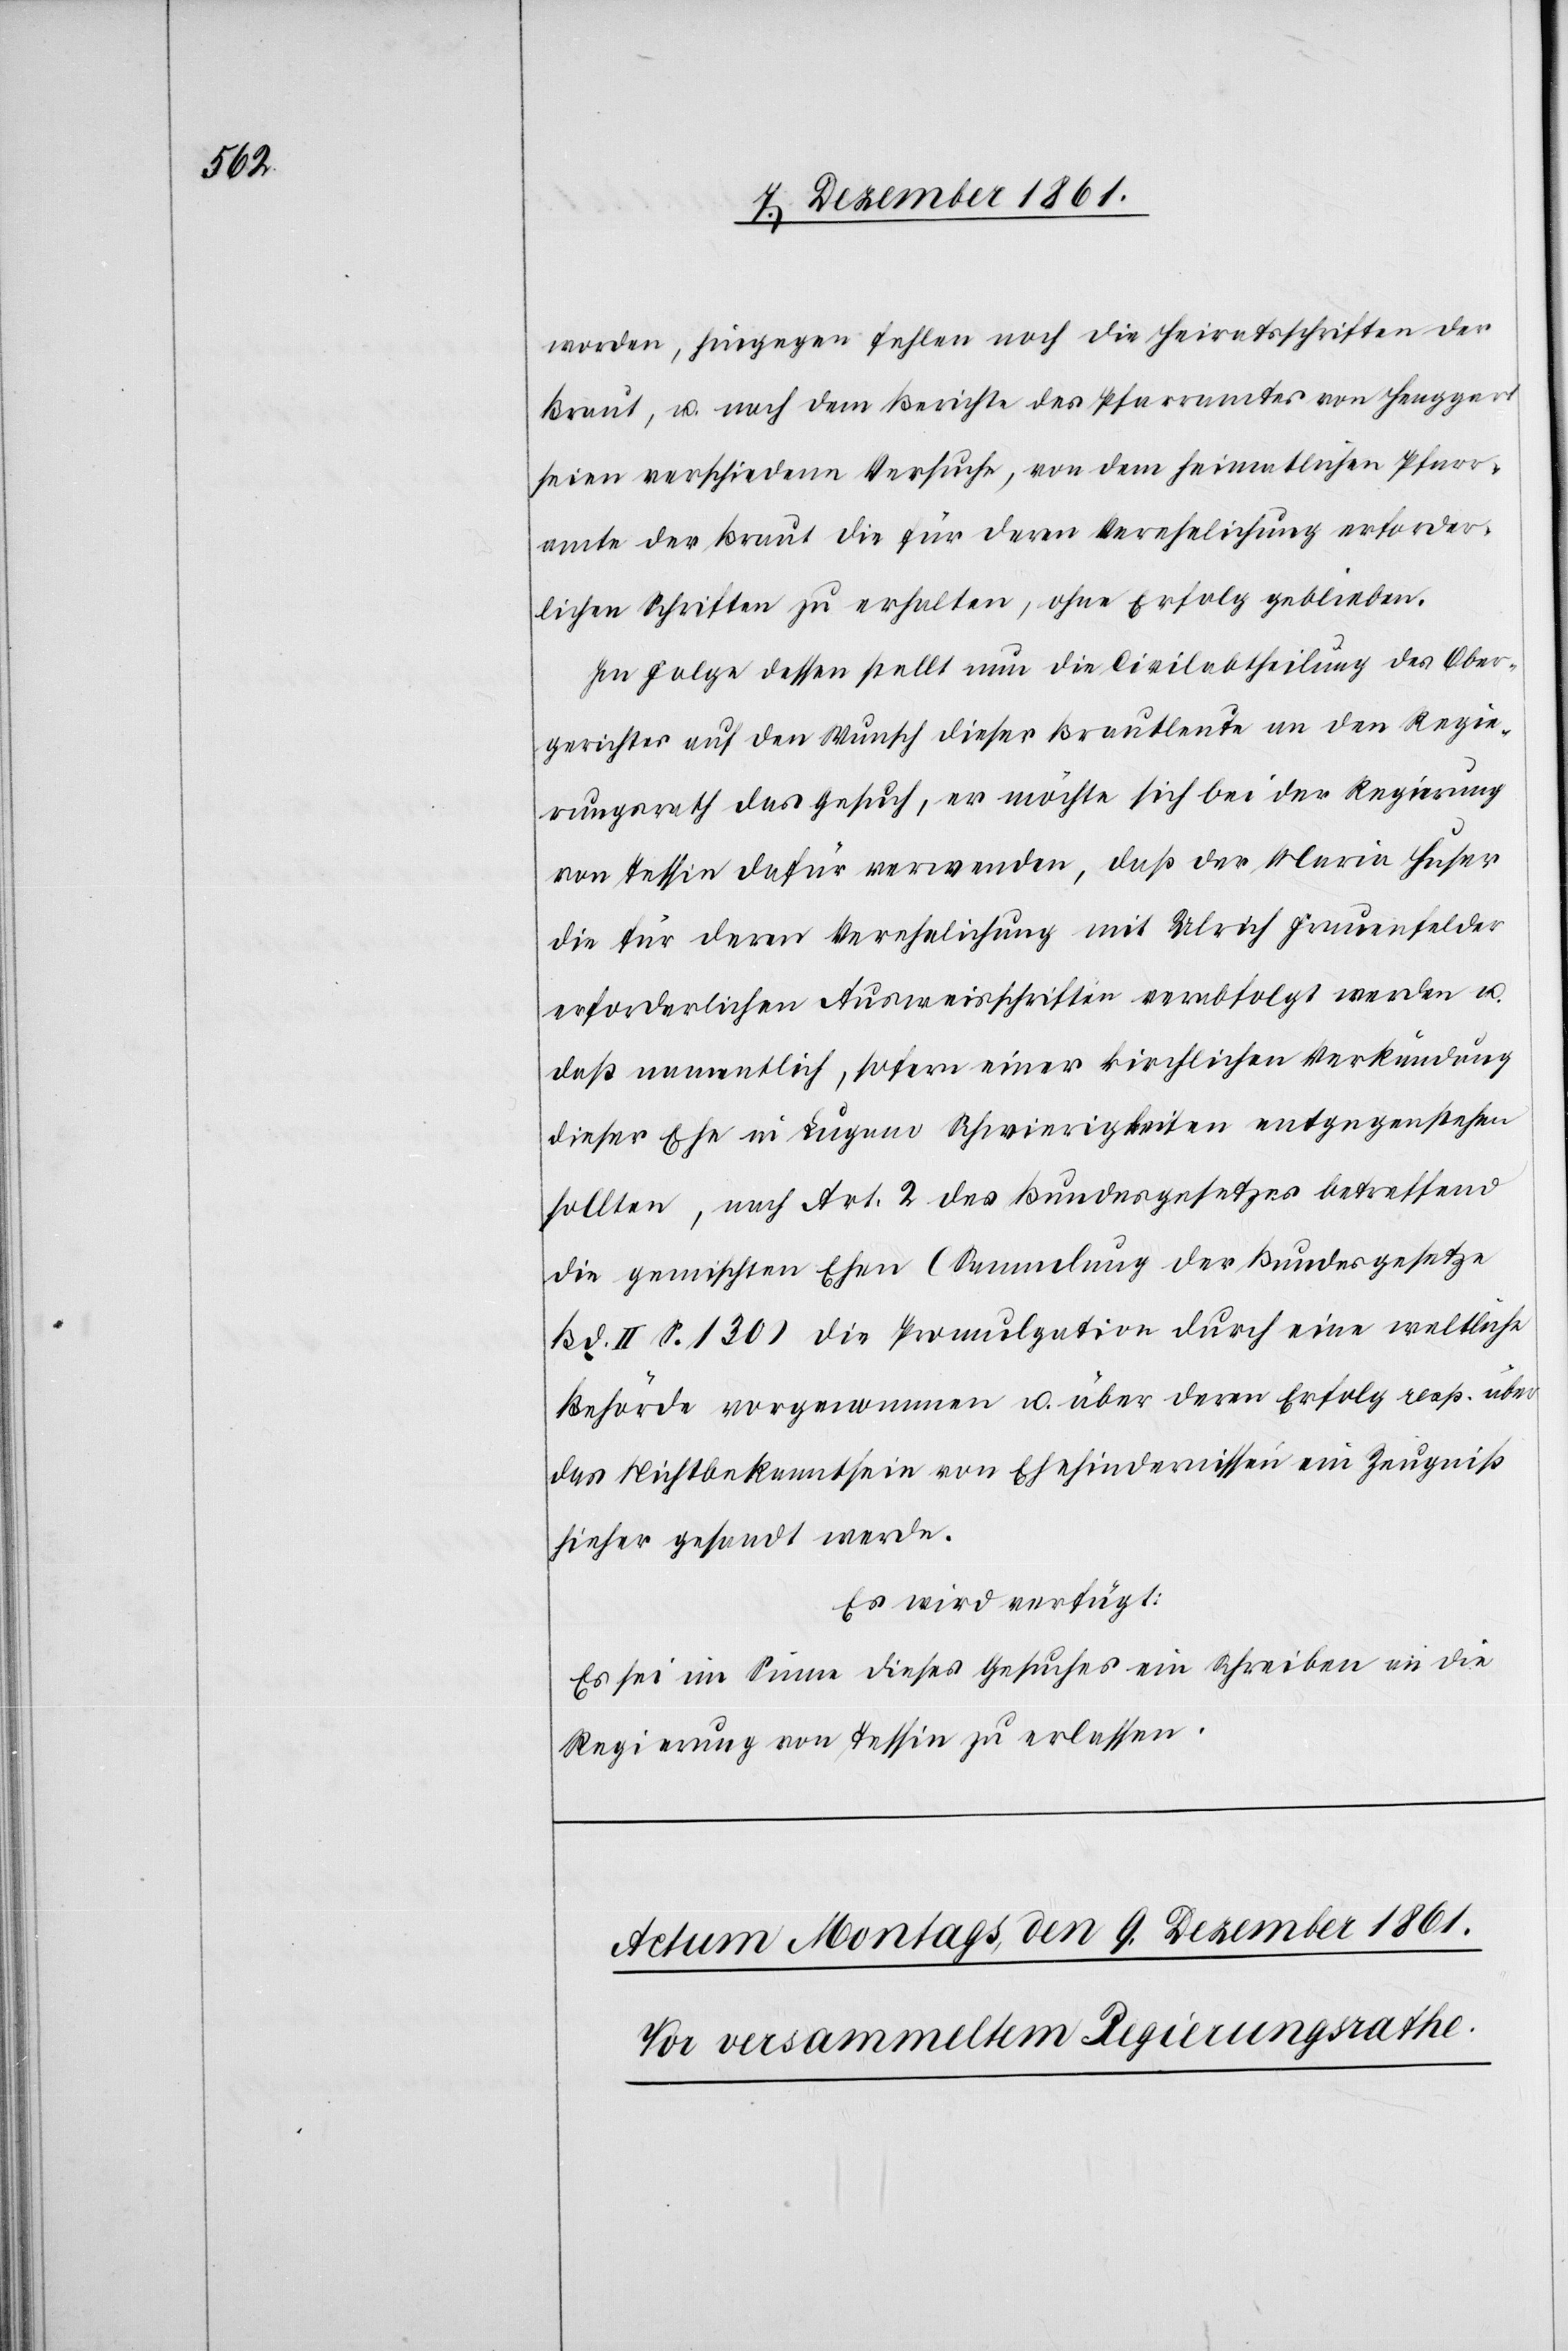
worden, hingegen fehlen noch die Heiratsschriften der
Braut, u. nach dem Berichte des Pfarramtes von Henggart
seien verschiedene Versuche, von dem heimatlichen Pfarr¬
amte der Braut die für deren Verehelichung erforder¬
lichen Schriften zu erhalten, ohne Erfolg geblieben.
[sic!] Folge dessen stellt nun die Civilabtheilung des Ober¬
gerichtes auf den Wunsch dieser Brautleute an den Regie¬
rungsrath das Gesuch, er möchte sich bei der Regierung
von Tessin dafür verwenden, daß der Maria Huser
die für deren Verehelichung mit Ulrich Frauenfelder
erforderlichen Ausweisschriften verabfolgt werden u.
daß namentlich, sofern einer kirchlichen Verkündung
dieser Ehe in Lugano Schwierigkeiten entgegenstehen
sollten, nach Art. 2 des Bundesgesetzes betreffend
die gemischten Ehen (Sammlung der Bundesgesetze
Bd. II. S. 130) die Promulgation durch eine weltliche
Behörde vorgenommen u. über deren Erfolg resp. über
das Nichtbekanntsein von Ehehindernissen ein Zeugniß
hieher gesandt werde.
Es wird verfügt:
Es sei im Sinne dieses Gesuches ein Schreiben an die
Regierung von Tessin zu erlassen.